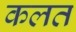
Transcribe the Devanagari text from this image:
कलत